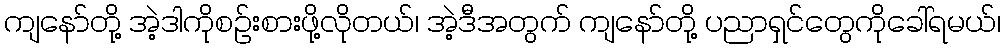
ကျနော်တို့ အဲ့ဒါကိုစဉ်းစားဖို့လိုတယ်၊ အဲ့ဒီအတွက် ကျနော်တို့ ပညာရှင်တွေကိုခေါ်ရမယ်၊